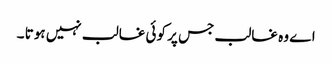
اے وہ غالب جس پر کوئی غالب نہیں ہوتا ۔